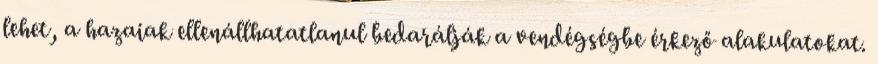
lehet, a hazaiak ellenállhatatlanul bedarálják a vendégségbe érkező alakulatokat.